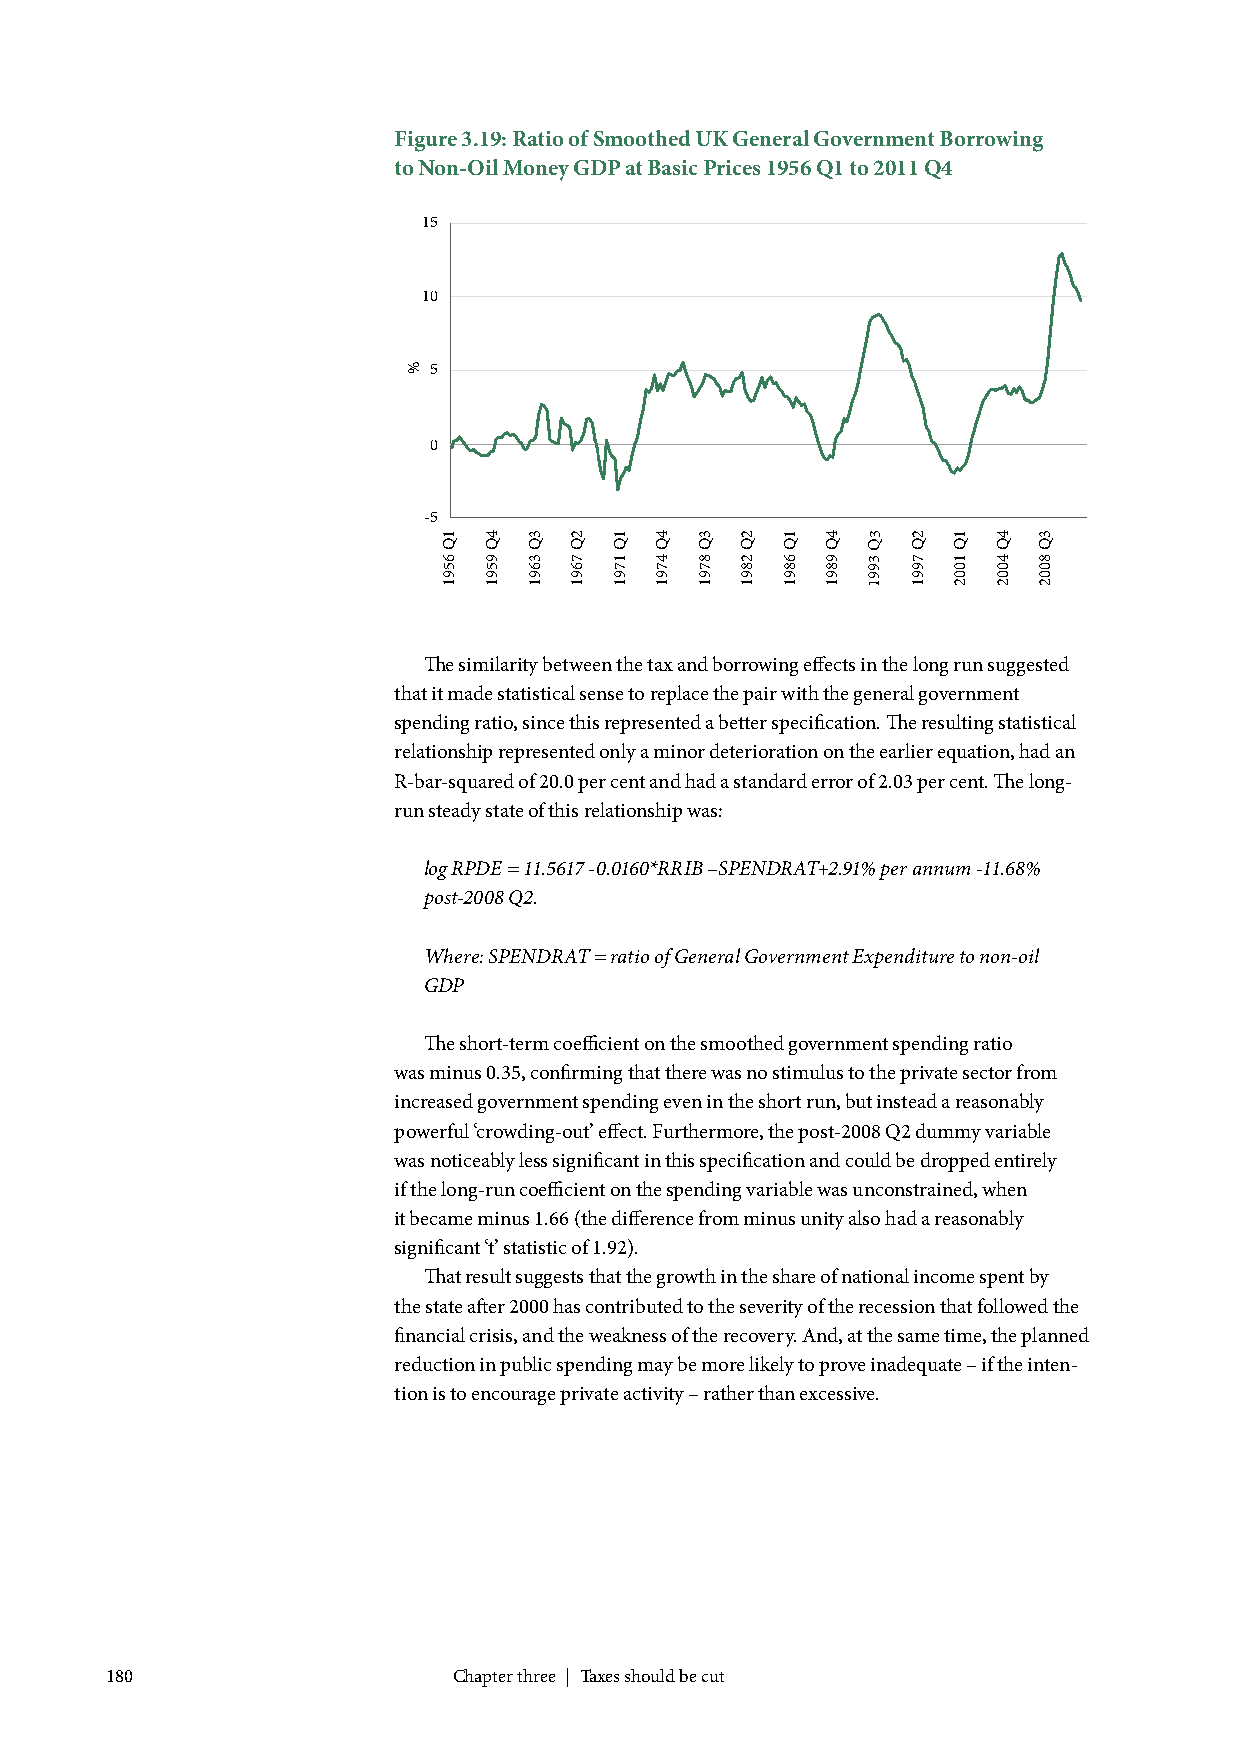
Figure 3.19: Ratio of Smoothed UK General Government Borrowing
 to Non-Oil Money GDP at Basic Prices 1956 Q1 to 2011 Q4
 15
 10
 5
 0
 -5
 3
 Q
 3
 9
 9
 1
 The similarity between the tax and borrowing effects in the long run suggested
 that it made statistical sense to replace the pair with the general government
 spending ratio, since this represented a better specification. The resulting statistical
 relationship represented only a minor deterioration on the earlier equation, had an
 R-bar-squared of 20.0 per cent and had a standard error of 2.03 per cent. The long-
 run steady state of this relationship was:
 log RPDE = 11.5617 -0.0160*RRIB –SPENDRAT+2.91% per annum -11.68%
 post-2008 Q2.
 Where: SPENDRAT = ratio of General Government Expenditure to non-oil
 GDP
 The short-term coefficient on the smoothed government spending ratio
 was minus 0.35, confirming that there was no stimulus to the private sector from
 increased government spending even in the short run, but instead a reasonably
 powerful ‘crowding-out’ effect. Furthermore, the post-2008 Q2 dummy variable
 was noticeably less significant in this specification and could be dropped entirely
 if the long-run coefficient on the spending variable was unconstrained, when
 it became minus 1.66 (the difference from minus unity also had a reasonably
 significant ‘t’ statistic of 1.92).
 That result suggests that the growth in the share of national income spent by
 the state after 2000 has contributed to the severity of the recession that followed the
 financial crisis, and the weakness of the recovery. And, at the same time, the planned
 reduction in public spending may be more likely to prove inadequate – if the inten-
 tion is to encourage private activity – rather than excessive.
 180                    Chapter three | Taxes should be cut
 %
 1Q
 6591
 4Q
 9591
 3Q
 3691
 2Q
 7691
 1Q
 1791
 4Q
 4791
 3Q
 8791
 2Q
 2891
 1Q
 6891
 4Q
 9891
 2Q
 7991
 1Q
 1002
 4Q
 4002
 3Q
 8002